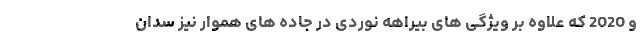
و 2020 که علاوه بر ویژگی های بیراهه نوردی در جاده های هموار نیز سدان